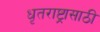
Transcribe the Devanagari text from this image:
धृतराष्ट्रासाठी